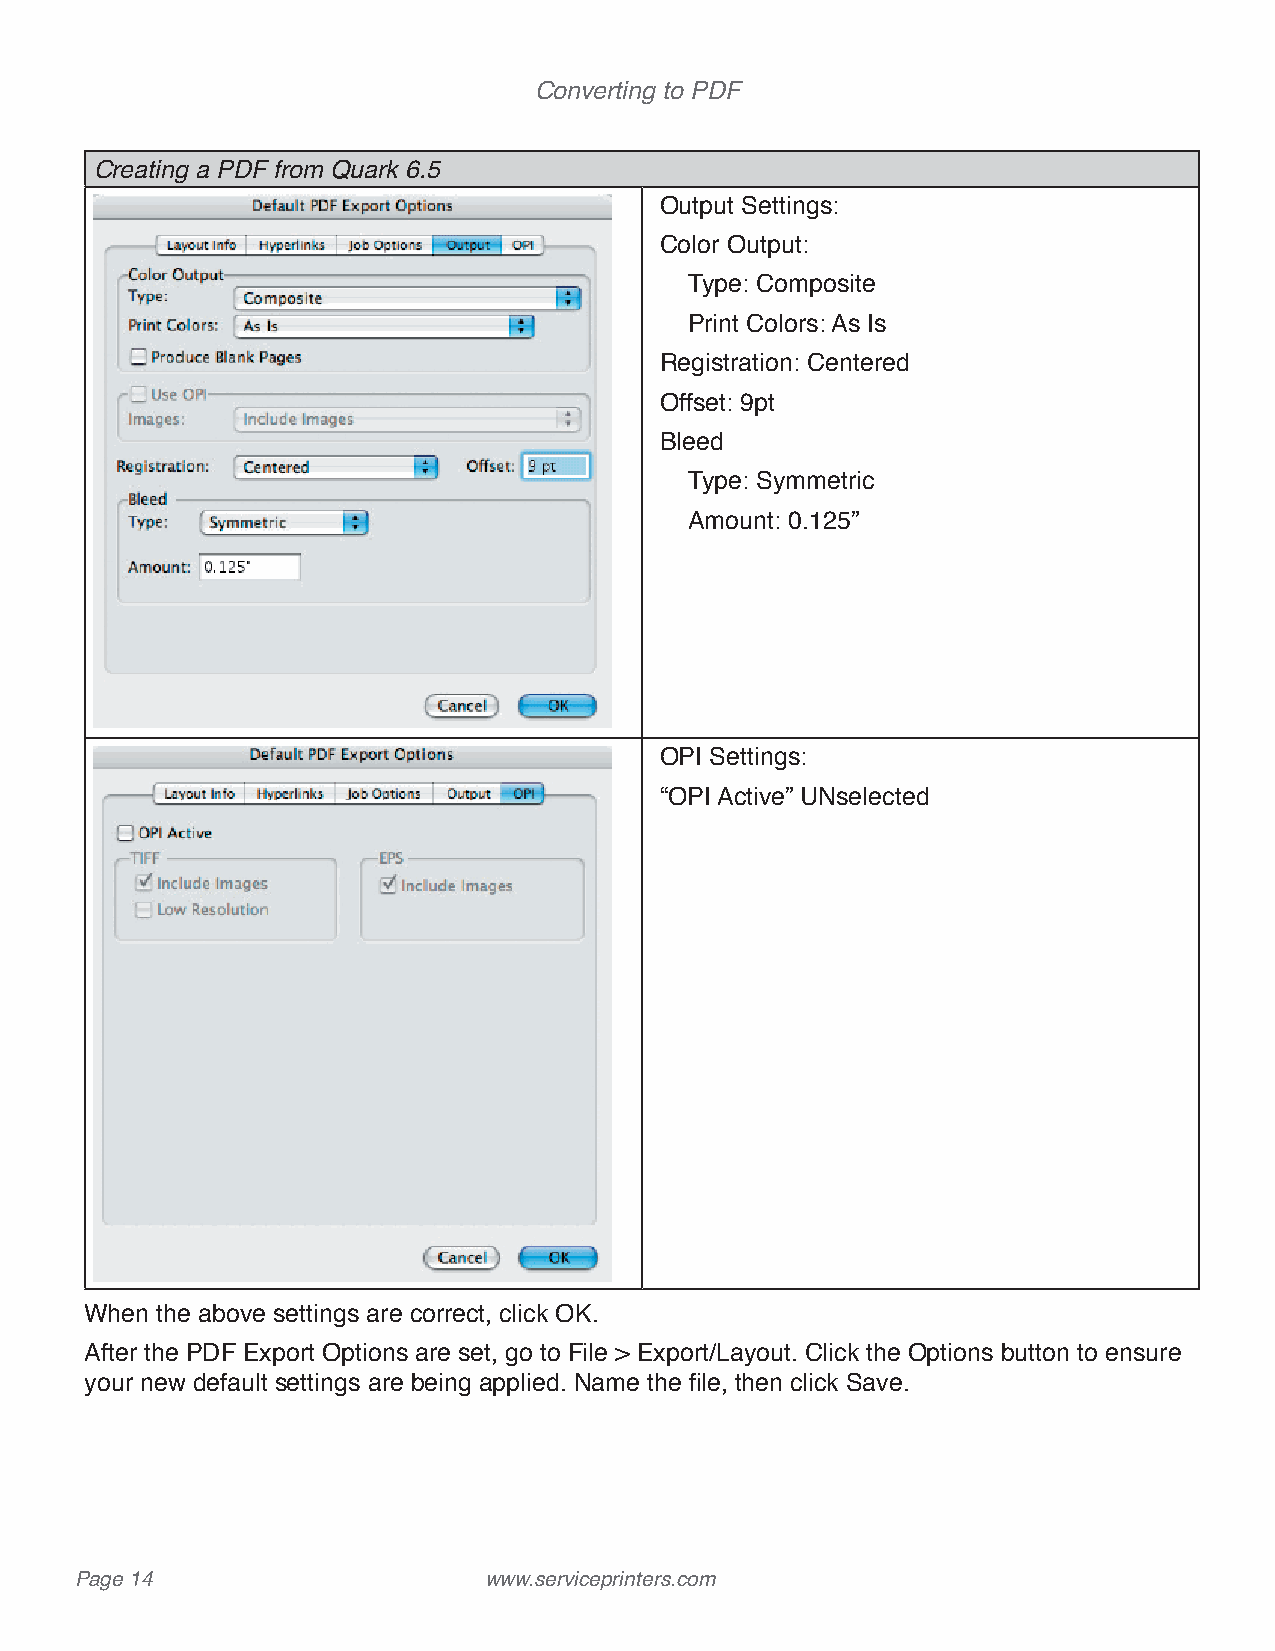
Converting to PDF
 Creating a PDF from Quark 6.5
 Output Settings:
 Color Output:
 Type: Composite
 Print Colors: As Is
 Registration: Centered
 Offset: 9pt
 Bleed
 Type: Symmetric
 Amount: 0.125”
 OPI Settings:
 “OPI Active” UNselected
 When the above settings are correct, click OK.
 After the PDF Export Options are set, go to File > Export/Layout. Click the Options button to ensure
 your new default settings are being applied. Name the file, then click Save.
 Page 14                    www.serviceprinters.com